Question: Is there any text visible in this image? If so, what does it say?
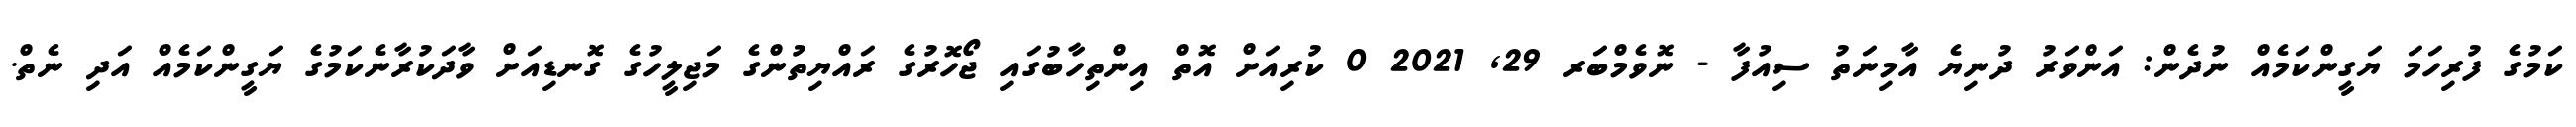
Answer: ކަމުގެ ފުރިހަމަ ޔަގީންކަމެއް ނުދެން: އަންވަރު ދުނިޔެ އާމިނަތު ސިއުފާ - ނޮވެމްބަރ 29, 2021 0 ކުރިއަށް އޮތް އިންތިހާބުގައި ޖޯހޮރުގެ ރައްޔިތުންގެ މަޖިލީހުގެ ގޮނޑިއަށް ވާދަކުރާނެކަމުގެ ޔަގީންކަމެއް އަދި ނެތް.